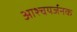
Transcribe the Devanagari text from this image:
आश्चयर्जनक